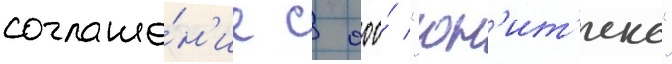
соглаше́н'ие с ооо́ "юн'ит'екс"